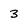
Character: 3